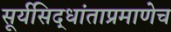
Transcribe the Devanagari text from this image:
सूर्यसिद्धांताप्रमाणेच